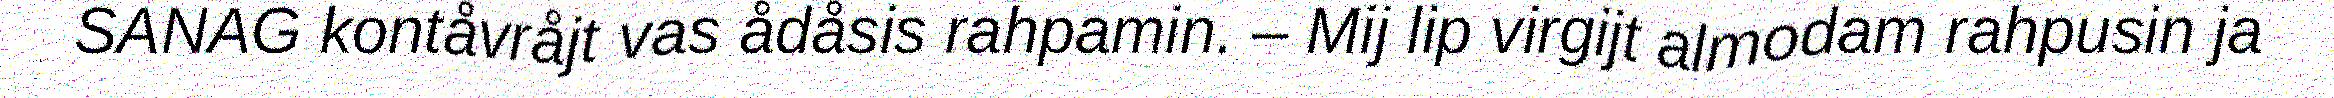
SANAG kontåvråjt vas ådåsis rahpamin. – Mij lip virgijt almodam rahpusin ja